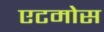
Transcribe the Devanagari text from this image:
एटमोस